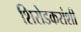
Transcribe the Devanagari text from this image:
शिरोडकरांशी